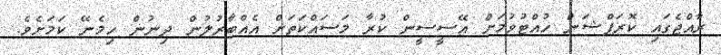
ރާއްޖެގައި ކޮރަޕްޝަން ހުއްޓުވުމަށް އޭސީސީން ކުރާ މަސައްކަތަށް އެއްބާރުލުން ދިނުން ހިމެނޭ ކަމަށެވެ.